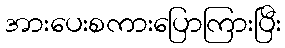
အားပေးစကားပြောကြားပြီး